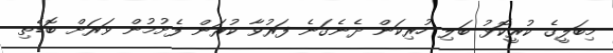
މިބަލީގެ ކުރީކޮޅު ބަލި ހުރިކަން ދެނެގަނެ ފަރުވާ ކުރަން ފެށުމުން ވަރަށް ބޮޑެތި